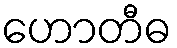
ဟောတီဓ